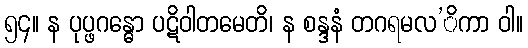
၅၄။ န ပုပ္ဖဂန္ဓော ပဋိဝါတမေတိ၊ န စန္ဒနံ တဂရမလ’ိကာ ဝါ။